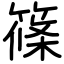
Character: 篠